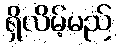
ရှိလိမ့်မည်